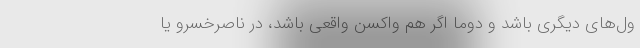
ول‌های دیگری باشد و دوما اگر هم واکسن واقعی باشد، در ناصرخسرو یا